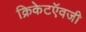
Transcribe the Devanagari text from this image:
क्रिकेटऍवजी